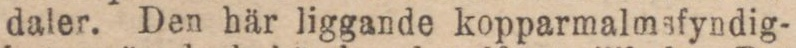
daler. Den här liggande kopparmalmsfyndig-